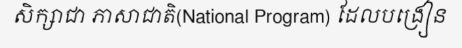
សិក្សាជា ភាសាជាតិ(National Program) ដែលបង្រៀន